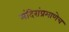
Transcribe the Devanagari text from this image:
मंदिरांप्रमाणेच